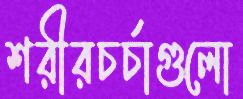
শরীরচর্চাগুলো